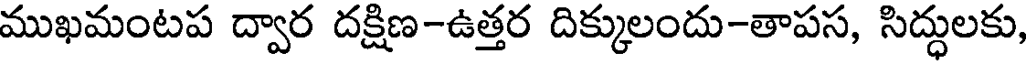
ముఖమంటప ద్వార దక్షిణ-ఉత్తర దిక్కులందు-తాపస, సిద్ధులకు,